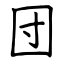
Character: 団